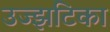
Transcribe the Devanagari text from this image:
उज्झटिका